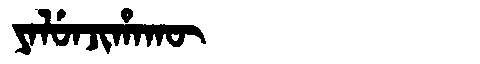
Manchu: ᠶᠠᠯᡠᠨᠵᡳᡥᠠᡴᡡ
Romanization: YALUNJIHAKŪ